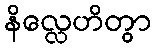
နိလ္လေဟိတွာ